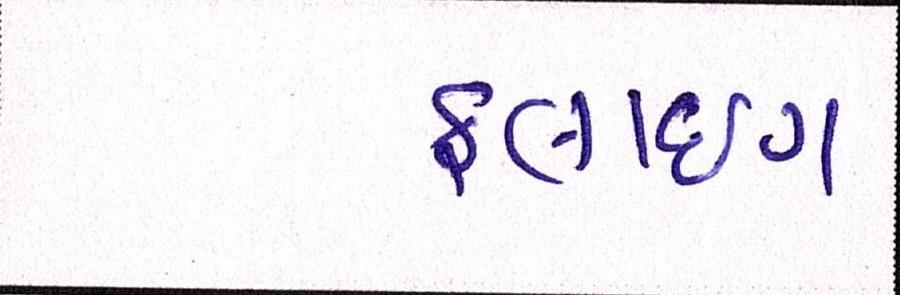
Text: ફ્લાઇંગ